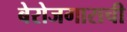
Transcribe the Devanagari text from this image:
बेरोजगाराची